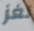
لغز